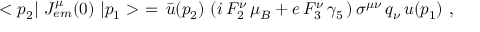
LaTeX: < p _ { 2 } | \ J _ { e m } ^ { \mu } ( 0 ) \ | p _ { 1 } > \ = \, \bar { u } ( p _ { 2 } ) \, \left( i \, F _ { 2 } ^ { \nu } \, \mu _ { B } + e \, F _ { 3 } ^ { \nu } \, \gamma _ { 5 } \, \right) \sigma ^ { \mu \nu } \, q _ { \nu } \, u ( p _ { 1 } ) \ ,